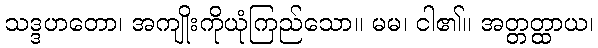
သဒ္ဒဟတော၊ အကျိုးကိုယုံကြည်သော။ မမ၊ ငါ၏။ အတ္တတ္ထာယ၊